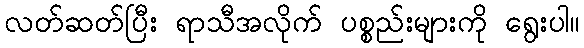
လတ်ဆတ်ပြီး ရာသီအလိုက် ပစ္စည်းများကို ရွေးပါ။